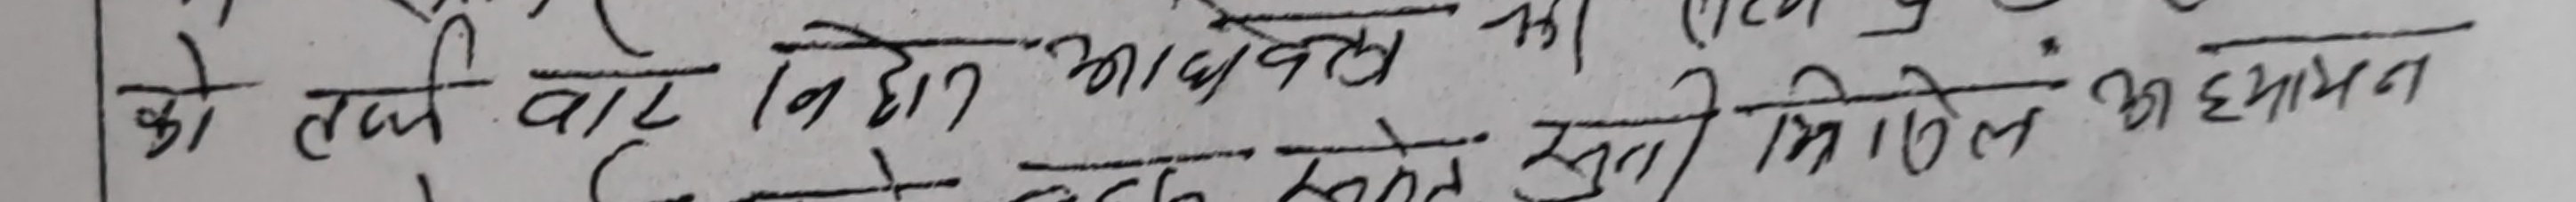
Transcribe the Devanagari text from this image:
को तलै वाट निहीत आय कलमा सुती मिहोद अध्ययन